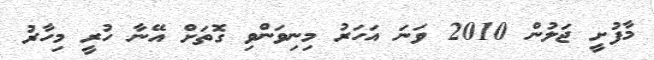
މާފުށީ ޖަލުން 2010 ވަނަ އަހަރު މިނިވަންވި ގޮތަށް އޭނާ ހުރީ މިހާރު